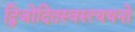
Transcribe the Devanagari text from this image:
द्विजोदितस्वस्त्ययनो